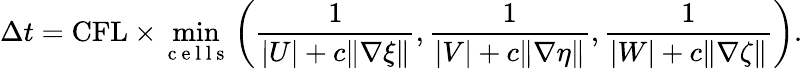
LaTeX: \Delta t=\mathrm{CFL}\times\operatorname*{min}_{\mathrm{~c~e~l~l~s~}}\left(\frac{1}{|U|+c\| \nabla\xi\| },\frac{1}{|V|+c\| \nabla\eta\| },\frac{1}{|W|+c\| \nabla\zeta\| }\right).